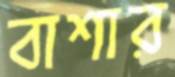
বাশার